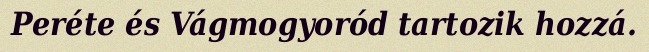
Peréte és Vágmogyoród tartozik hozzá.